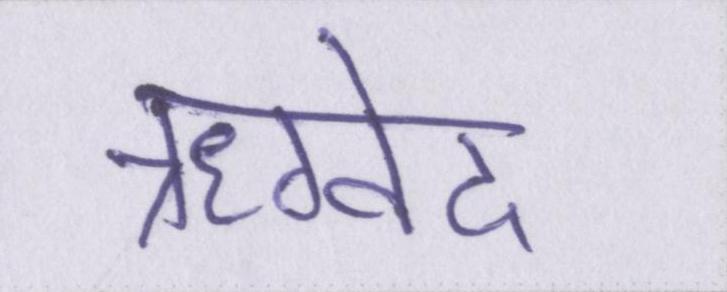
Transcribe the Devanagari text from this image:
ऋग्वेद